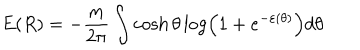
E ( R ) = - \frac m { 2 \pi } \int \cosh \theta \log \left( 1 + e ^ { - \varepsilon ( \theta ) } \right) d \theta